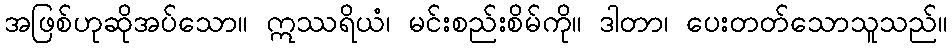
အဖြစ်ဟုဆိုအပ်သော။ ဣဿရိယံ၊ မင်းစည်းစိမ်ကို။ ဒါတာ၊ ပေးတတ်သောသူသည်။